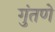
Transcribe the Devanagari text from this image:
गुंतणे